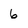
Character: 6